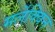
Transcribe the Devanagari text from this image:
मर्लेक्विन